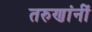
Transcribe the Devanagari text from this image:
तरुणांनीं